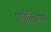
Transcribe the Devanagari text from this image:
अपोलिनारस